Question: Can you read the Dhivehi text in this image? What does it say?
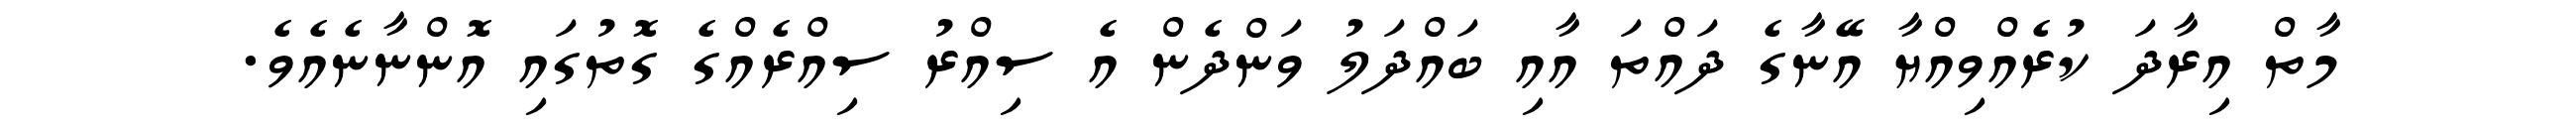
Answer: މާތް އިރާދަ ކުރެއްވިއްޔާ އޭނާގެ ދައްތަ އާއި ބައްދަލު ވަންދެން އެ ސިއްރު ސިއްރެއްގެ ގޮތުގައި އޮންނާނެއެވެ.